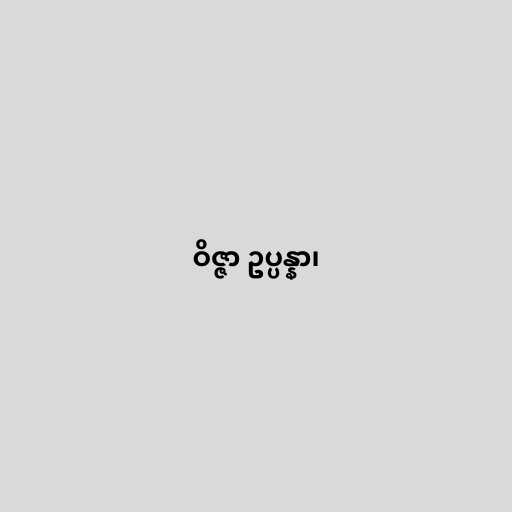
ဝိဇ္ဇာ ဥပ္ပန္နာ၊